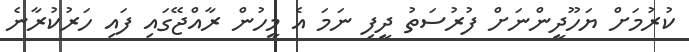
ކުރުމަށް ޔަހޫދީންނަށް ފުރުސަތު ދީފި ނަމަ އެ މީހުން ރާއްޖޭގައި ފައި ހަރުކުރާނެ